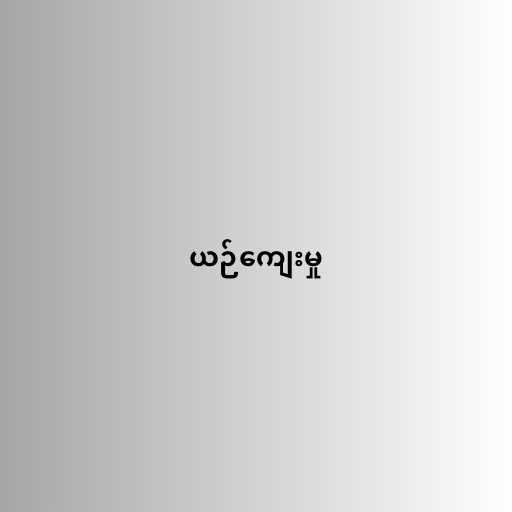
ယဉ်ကျေးမှု